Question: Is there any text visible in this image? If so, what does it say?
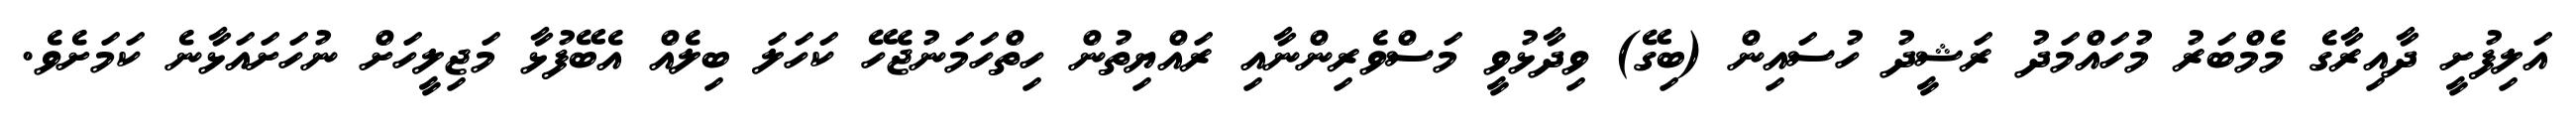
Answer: އަލިފުށީ ދާއިރާގެ މެމްބަރު މުހައްމަދު ރަޝީދު ހުސައިން (ބިގޭ) ވިދާޅުވީ މަސްވެރިންނާއި ރައްޔިތުން ހިތްހަމަނުޖެހޭ ކަހަލަ ބިލެއް އެބޭފުޅާ މަޖިލީހަށް ނުހަށައަޅާނެ ކަމަށެވެ.